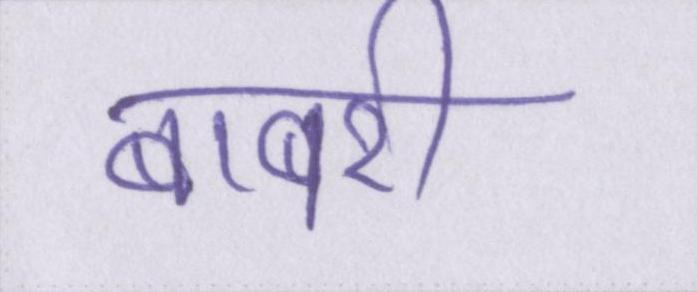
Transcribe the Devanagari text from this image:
बाबरी